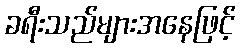
ခရီးသည်များအနေဖြင့်